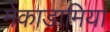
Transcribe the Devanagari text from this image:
मेकाडामिया